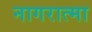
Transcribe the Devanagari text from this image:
नागरात्मा